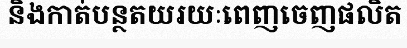
និងកាត់បន្ថតយរយៈពេញចេញផលិត